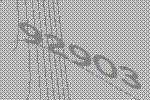
92903